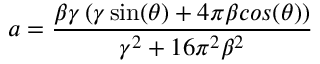
a = \frac { \beta \gamma \left( \gamma \sin ( \theta ) + 4 \pi \beta c o s ( \theta ) \right) } { \gamma ^ { 2 } + 1 6 \pi ^ { 2 } \beta ^ { 2 } }